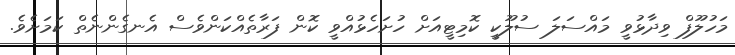
މަހުލޫފް ވިދާޅުވީ މައްސަލަ ސުލޫކީ ކޮމިޓީއަށް ހުށަހެޅުއްވީ ކޮން ފަރާތެއްކަންވެސް އެނގެންނެތް ކަމަށެވެ.